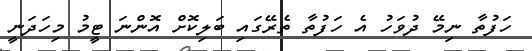
ހަފުތާ ނިމޭ ދުވަހު އެ ހަފުތާ ތެރޭގައި ބަލިކޮށް އޮންނަ ޓީމު މިހަދަނީ